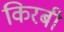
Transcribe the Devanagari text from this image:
किरबी